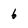
Character: 6